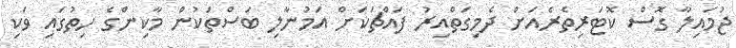
ޖުމައިލާ ގޮސް ކޮޓަރިތެރެއަށް ދެމިގަތްއިރު ފައްޗަކަށް އަމުނާލި ބަސްތަކުން މާކިންގެ ހިތުގައި ވަކި